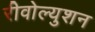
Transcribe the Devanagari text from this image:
रीवोल्युशन